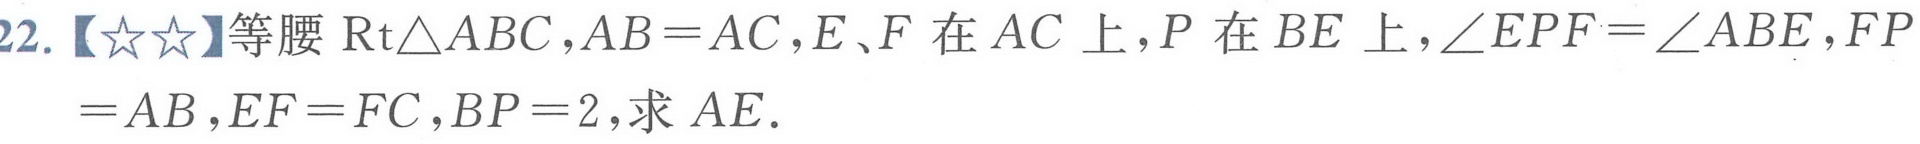
22.【★★】等腰\(\text{Rt}\triangle ABC\)，\(AB = AC\)，\(E、F\)在\(AC\)上，\(P\)在\(BE\)上，\(\angle EPF=\angle ABE\)，\(FP\)
\(=AB\)，\(EF = FC\)，\(BP = 2\)，求\(AE\).